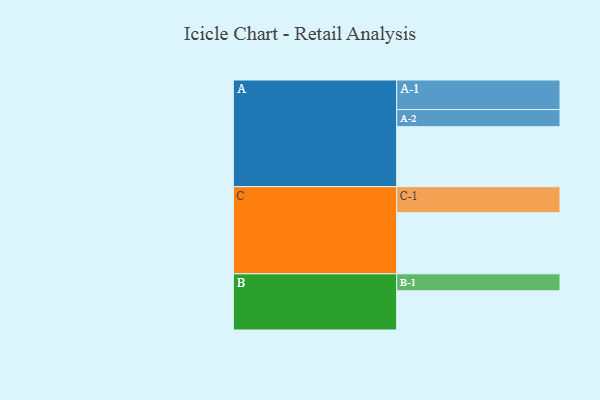
{"axis": {"x": "Segment", "y": "Value"}, "legend": ["", "A", "B", "C"], "data": [{"x": "A", "y": 550, "type": ""}, {"x": "B", "y": 359, "type": ""}, {"x": "C", "y": 560, "type": ""}, {"x": "A-1", "y": 271, "type": "A"}, {"x": "A-2", "y": 157, "type": "A"}, {"x": "B-1", "y": 156, "type": "B"}, {"x": "C-1", "y": 239, "type": "C"}]}